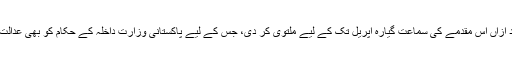
جسٹس شوکت عزیز صدیقی نے بعد ازاں اس مقدمے کی سماعت گیارہ اپریل تک کے لیے ملتوی کر دی، جس کے لیے پاکستانی وزارت داخلہ کے حکام کو بھی عدالت میں پیش ہونے کا حکم دیا گیا ہے۔